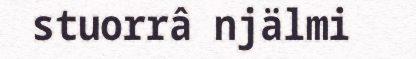
stuorrâ njälmi